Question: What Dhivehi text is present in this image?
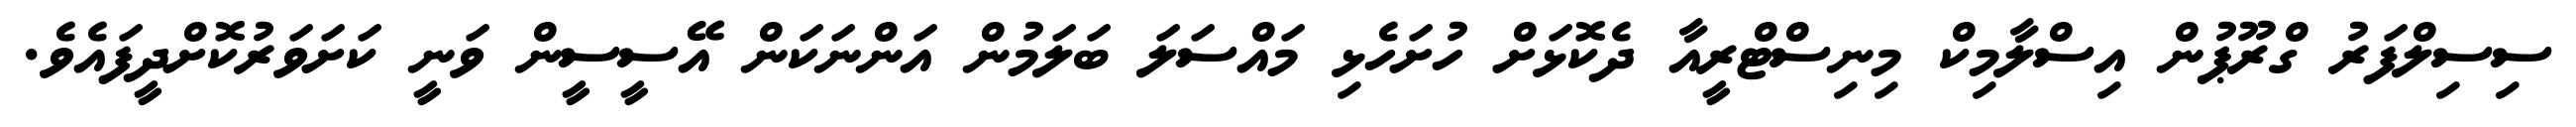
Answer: ސިސިލްފަރު ގްރޫޕުން އިސްލާމިކް މިނިސްޓްރީއާ ދެކޮޅަށް ހުށަހެޅި މައްސަލަ ބަލަމުން އަންނަކަން އޭސީސީން ވަނީ ކަށަވަރުކޮށްދީފައެވެ.